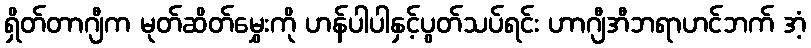
ရှိတ်တာဂျီက မုတ်ဆိတ်မွှေးကို ဟန်ပါပါနှင့်ပွတ်သပ်ရင်း ဟာဂျီအီဘရာဟင်ဘက် အံ့